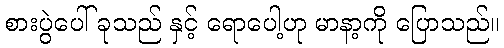
စားပွဲပေါ် ခုသည် နှင့် ရောပေါ့ဟု မာနာ့ကို ပြောသည်။